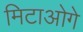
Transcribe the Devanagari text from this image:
मिटाओगे